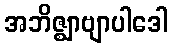
အဘိဇ္ဈာဗျာပါဒေါ